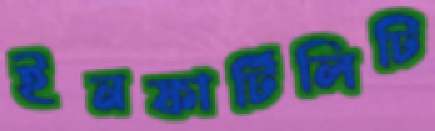
ইনফার্টিলিটি